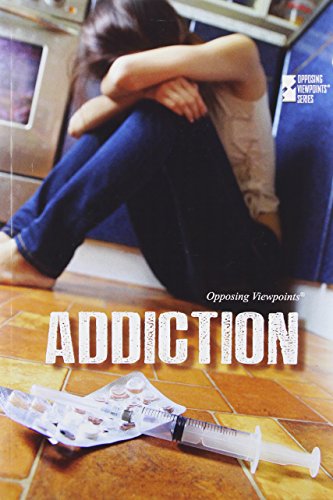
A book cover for Addiction (Opposing Viewpoints); Christine Watkins; Teen & Young Adult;